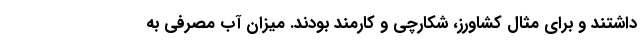
داشتند و برای مثال کشاورز، شکارچی و کارمند بودند. میزان آب مصرفی به